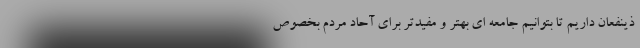
ذینفعان داریم تا بتوانیم جامعه ای بهتر و مفیدتر برای آحاد مردم بخصوص